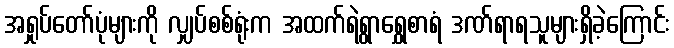
အရှုပ်တော်ပုံများကို လျှပ်စစ်ရုံးက အထက်ရဲရွာရွှေစာရံ ဒဏ်ရာရသူများရှိခဲ့ကြောင်း